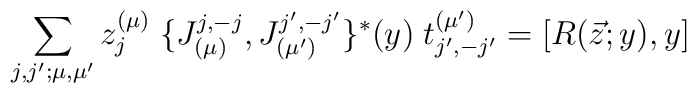
\sum_{j,j';\mu ,\mu '}z_j^{(\mu )} \;\{J^{j,-j}_{(\mu )},J^{j',-j'}_{(\mu ')}\}^*(y)\; t_{j',-j'}^{(\mu ')}=[R(\vec{z};y),y]